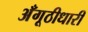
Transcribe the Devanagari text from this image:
अँगूठीधारी